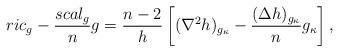
LaTeX: \begin{align*} ric_g-\frac{scal_g}{n}g=\frac{n-2}{h}\left[(\nabla^2h)_{g_\kappa}-\frac{(\Delta h)_{g_\kappa}}{n}g_\kappa\right], \end{align*}